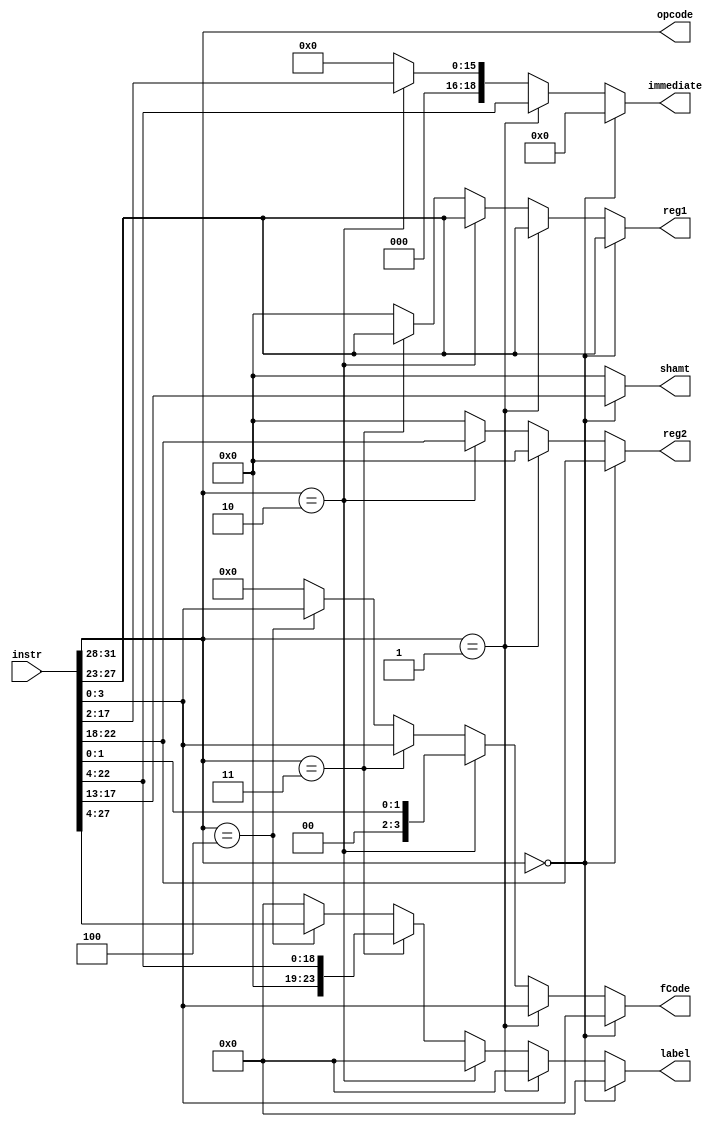
`timescale 1ns / 1ps
//////////////////////////////////////////////////////////////////////////////////
// Company: 
// Engineer: 
// 
// Design Name: 
// Module Name:    InstructionDecoder 
// Project Name: 
// Target Devices: 
// Tool versions: 
// Description: 
//
// Dependencies: 
//
// Revision: 
// Revision 0.01 - File Created
// Additional Comments: 
//
//////////////////////////////////////////////////////////////////////////////////

// Decode the instruction obtained from Instruction Memory 
module InstructionDecoder(
		input [31:0] instr,
		output reg [3:0] opcode,
	   output reg [3:0] fCode,
		output reg [4:0] reg1,
		output reg [4:0] reg2,
		output reg [4:0] shamt,
		output reg [18:0] immediate,
		output reg [23:0] label
    );
	 
	 always @(*)
	 begin 
		// Extract the 4-bit operation code
		opcode = instr[31:28];  
		
		if(opcode == 4'b0000) 	// R-format instructions
			begin 
				fCode = instr[3:0];
				reg1 = instr[27:23];
				reg2 = instr[22:18];
				shamt = instr[17:13];
				immediate = 19'b0;	
				label = 24'b0;
			end
		
		else if (opcode ==  4'b0001) // Immediate instructions
			begin 
				fCode = instr[3:0];
				reg1 = instr[27:23];
				reg2 = 5'b0;
				shamt = 5'b0;
				immediate = instr[22:4];
				label = 24'b0;
			end
		
		else if(opcode == 4'b0010) // Load / Store Instructions
			begin 
				fCode = instr[1:0];
				reg1 = instr[27:23];
				reg2 = instr[22:18]; 
				shamt = 5'b0;
				immediate = {3'b0, instr[17:2]};	// ???
				label = 24'b0;
			end
		
		else if(opcode == 4'b0011) // Branch with registers
			begin 
				fCode = instr[3:0];
				reg1 =  instr[27:23];
				reg2 = 5'b0;
				shamt = 5'b0;
				immediate = 19'b0;
				label = {5'b0 , instr[22:4]};
			end
		
		else if(opcode == 4'b0100)  // Branch without registers
			begin 
				fCode = instr[3:0];
				reg1 = 5'b0;
				reg2 = 5'b0;
				shamt = 5'b0;
				immediate = 19'b0;
				label = instr[27:4];
			end
		else  							// Invalid instructions
			begin 
				fCode = 4'b0;
				reg1 = 5'b0;
				reg2 = 5'b0;
				shamt = 5'b0;
				immediate = 19'b0;
				label = 24'b0;
			end
	 end

endmodule